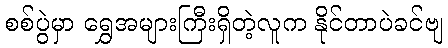
စစ်ပွဲမှာ ရွှေအများကြီးရှိတဲ့လူက နိုင်တာပဲခင်ဗျ